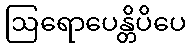
ဩရောပေန္တိပိပေ